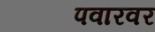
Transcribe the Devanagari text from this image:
पवारवर